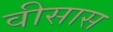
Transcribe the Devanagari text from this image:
वीसास